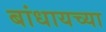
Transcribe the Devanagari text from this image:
बांधायच्या